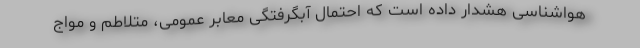
هواشناسی هشدار داده است که احتمال آبگرفتگی معابر عمومی، متلاطم و مواج